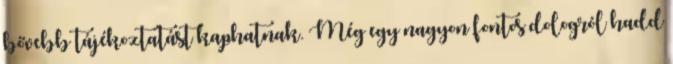
bővebb tájékoztatást kaphatnak. Még egy nagyon fontos dologról hadd